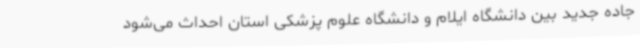
جاده جدید بین دانشگاه ایلام و دانشگاه علوم پزشکی استان احداث می‌شود